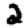
Digit: 2